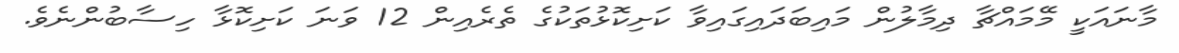
މާނައަކީ މޭމައްޗާ ދިމާލުން މައިބަދައިގައިވާ ކަށިކޮޅުތަކުގެ ތެރެއިން 12 ވަނަ ކަށިކޮޅާ ހިސާބުންނެވެ.